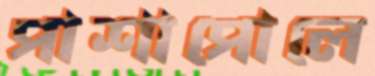
পাশাপোলে